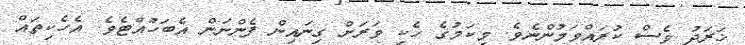
ޚަރަދު ވެސް ކުރައްވަމުންނެވެ. މިކަމުގެ ހެކި ވަރަށް ގިނައިން ފެންނަން އެބަހުއްޓެވެ. އެހެކިތައް